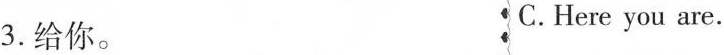
3.给你. C. Here you are.